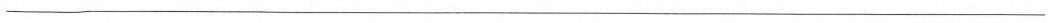
___